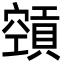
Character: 𥨨